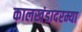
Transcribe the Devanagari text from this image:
कालखंडादरम्या